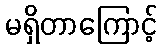
မရှိတာကြောင့်